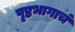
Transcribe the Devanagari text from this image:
पृष्ठभागाचं